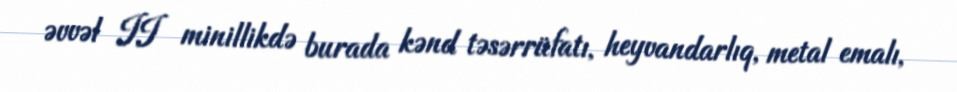
əvvəl II minillikdə burada kənd təsərrüfatı, heyvandarlıq, metal emalı,